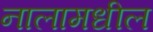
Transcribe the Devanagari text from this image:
नालामधील